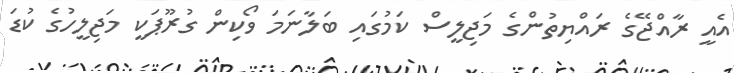
އެއީ ރާއްޖޭގެ ރައްޔިތުންގެ މަޖިލީސް ކަމުގައި ބަލާނަމަ ވޯކިން ގުރޫޕަކީ މަޖިލީހުގެ ކުޑަ